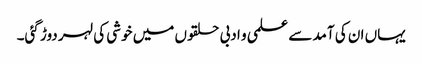
یہاں ان کی آمد سے علمی و ادبی حلقوں میں خوشی کی لہر دوڑ گئی۔